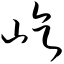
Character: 屹